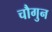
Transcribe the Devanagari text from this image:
चौगुन